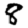
Digit: 8